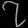
Digit: ၇